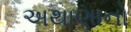
અથાણાનો